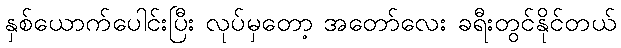
နှစ်ယောက်ပေါင်းပြီး လုပ်မှတော့ အတော်လေး ခရီးတွင်နိုင်တယ်